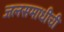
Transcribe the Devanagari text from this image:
जलसमाधीची